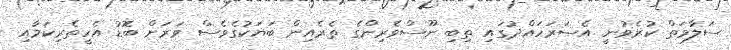
ސަލާމަތް ކުރެވުނީ އެސަރަހައްދުގައި ތިބި ނޫސްވެރިންގެ ތެރެއިން ބަޔަކުގެވެސް ވަރަށް ބޮޑު އެހީތެރިކަމާއި